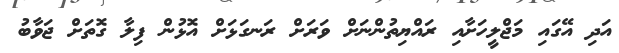
އަދި އޭގައި މަޖްލީހަށާއި ރައްޔިތުންނަށް ވަރަށް ރަނގަޅަށް އޮޅުން ފިލާ ގޮތަށް ޖަވާބު